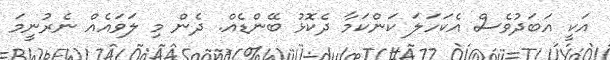
އަކީ އަބަދުވެސް އެކަހަލަ ކަންކަމާ ދެކޮޅު ބޭންޑެއް. ދެން މި ލަވައެއް ނެރުނީމަ